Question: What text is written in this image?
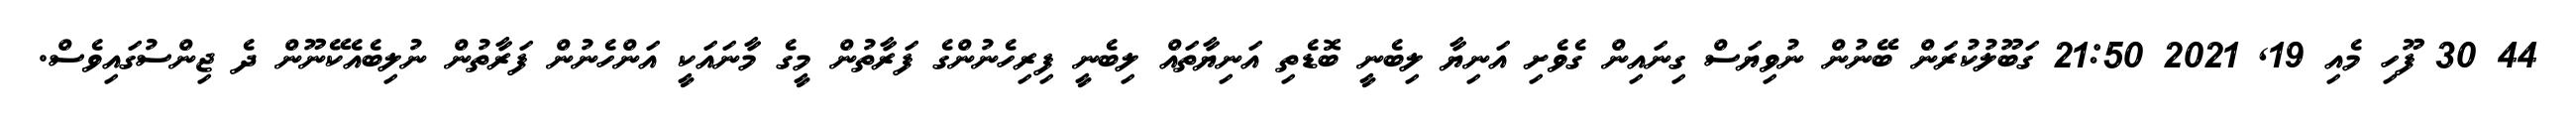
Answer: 44 30 ފޫހި މެއި 19, 2021 21:50 ގަބޫލުކުރަން ބޭނުން ނުވިޔަސް ގިނައިން ގެވެށި އަނިޔާ ލިބެނީ ބޮޑެތި އަނިޔާތައް ލިބެނީ ފިރިހެނުންގެ ފަރާތުން މީގެ މާނައަކީ އަންހެނުން ފަރާތުން ނުލިބެއެކޭނޫން ދެ ޖިންސުގައިވެސް.